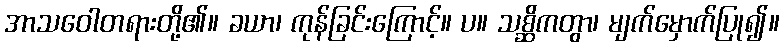
အာသဝေါတရားတို့၏။ ခယာ၊ ကုန်ခြင်းကြောင့်။ ပ။ သစ္ဆိကတွာ၊ မျက်မှောက်ပြု၍။